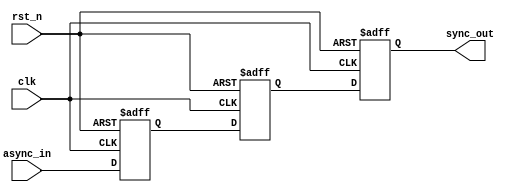
module meta_stability_filter #(
    parameter WIDTH = 1 // Width of the input signal
)(
    input wire clk,                  // Clock signal
    input wire rst_n,                // Asynchronous active-low reset
    input wire [WIDTH-1:0] async_in, // Asynchronous input signal
    output reg [WIDTH-1:0] sync_out  // Synchronized output signal
);

    // Internal signals for flip-flops
    reg [WIDTH-1:0] ff1; // First flip-flop
    reg [WIDTH-1:0] ff2; // Second flip-flop

    // Flip-flop behavior
    always @(posedge clk or negedge rst_n) begin
        if (!rst_n) begin
            ff1 <= {WIDTH{1'b0}}; // Initialize ff1 to 0 on reset
            ff2 <= {WIDTH{1'b0}}; // Initialize ff2 to 0 on reset
            sync_out <= {WIDTH{1'b0}}; // Initialize output to 0 on reset
        end else begin
            ff1 <= async_in; // Sample the asynchronous input
            ff2 <= ff1;      // Pass the value to the second flip-flop
            sync_out <= ff2; // Output the stable signal
        end
    end

endmodule